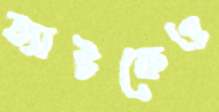
ব্যাটকেও